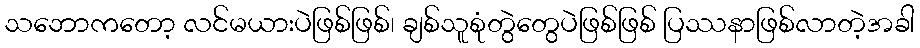
သဘောကတော့ လင်မယားပဲဖြစ်ဖြစ်၊ ချစ်သူစုံတွဲတွေပဲဖြစ်ဖြစ် ပြဿနာဖြစ်လာတဲ့အခါ